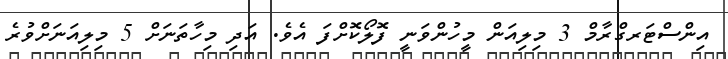
އިންސްޓަރގްރާމް 3 މިލިއަން މީހުންވަނީ ފޮލޯކޮށްފަ އެވެ. އަދި މިހާތަނަށް 5 މިލިއަނަށްވުރެ